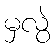
မှလွဲ